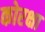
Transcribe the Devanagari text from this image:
कोरक्षा